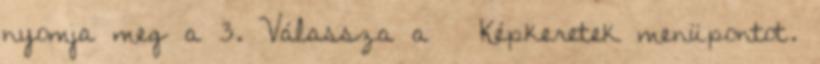
nyomja meg a 3. Válassza a → Képkeretek menüpontot.